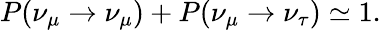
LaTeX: P(\nu_{\mu}\rightarrow\nu_{\mu})+P(\nu_{\mu}\rightarrow\nu_{\tau})\simeq 1.